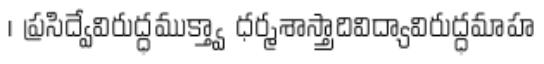
। ప్రసిద్వేవిరుద్ధముక్త్వా ధర్మశాస్త్రాదివిద్యావిరుద్ధమాహ